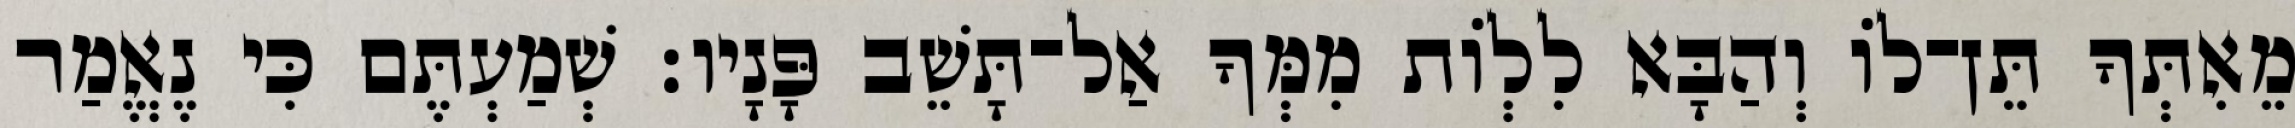
מֵאִתְּךָ תֵּן־לוֹ וְהַבָּא לִלְוֹת מִמְּךָ אַל־תָּשֵׁב פָּנָיו׃ שְׁמַעְתֶּם כִּי נֶאֱמַר